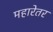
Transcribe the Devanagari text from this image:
महारेतर